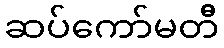
ဆပ်ကော်မတီ